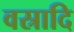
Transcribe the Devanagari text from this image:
वस्रादि